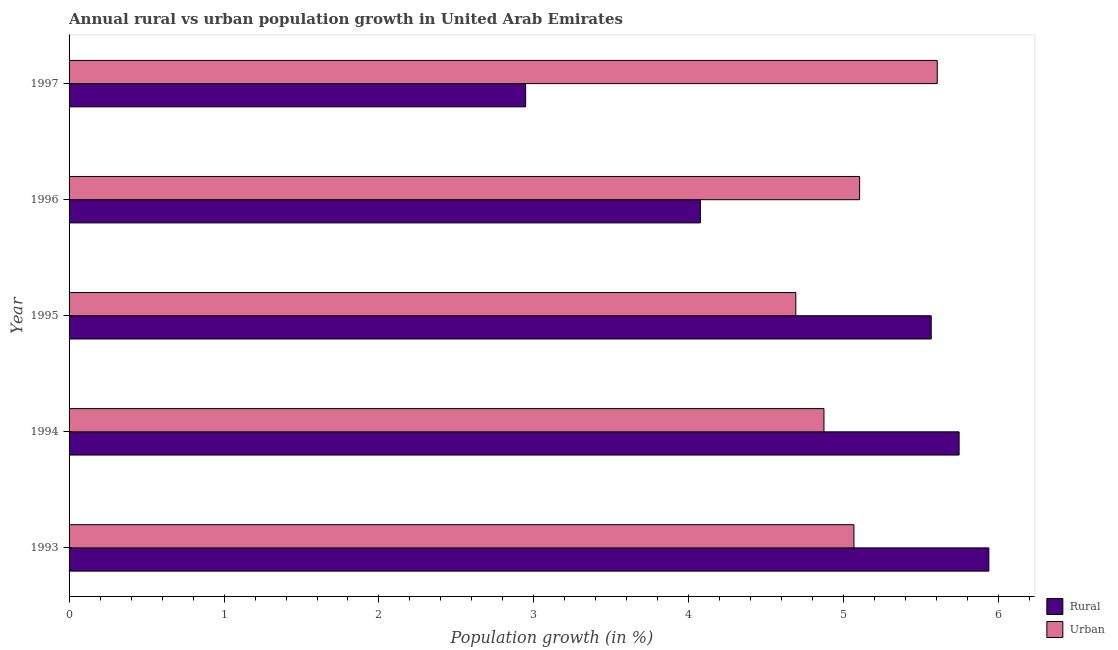
| Year | Rural | Urban  |
 | --- | --- | --- |
 | 1993 | 5.94 | 5.07 |
 | 1994 | 5.74 | 4.87 |
 | 1995 | 5.56 | 4.69 |
 | 1996 | 4.07 | 5.1 |
 | 1997 | 2.95 | 5.6 |